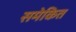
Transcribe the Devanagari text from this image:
समेकित